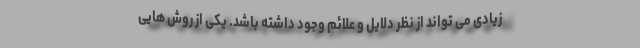
زیادی می تواند از نظر دلایل و علائم وجود داشته باشد. یکی از روش هایی